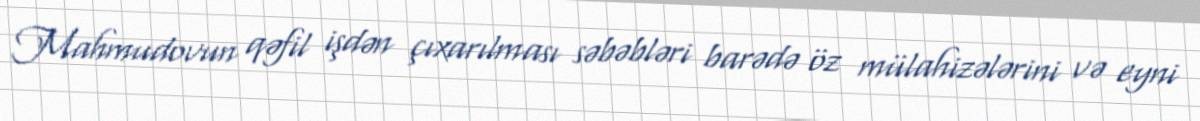
Mahmudovun qəfil işdən çıxarılması səbəbləri barədə öz mülahizələrini və eyni